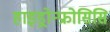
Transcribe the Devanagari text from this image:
हाइड्रोन्फ्रोसिसि